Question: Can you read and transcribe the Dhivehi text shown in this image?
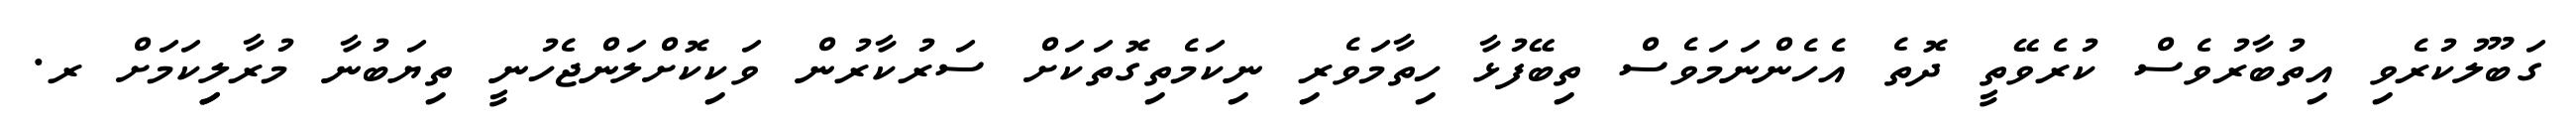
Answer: ގަބޫލުކުރެވި އިތުބާރުވެސް ކުރެވޭތީ ދޮތެ އެހެންނަމަވެސް ތިބޭފުޅާ ހިތާމަވެރި ނިކަމެތިގޮތަކަށް ސަރުކާރުން ވަކިކޮށްލަންޖެހުނީ ތިޔަބުނާ މުރާލިިކަމަށް ރ.